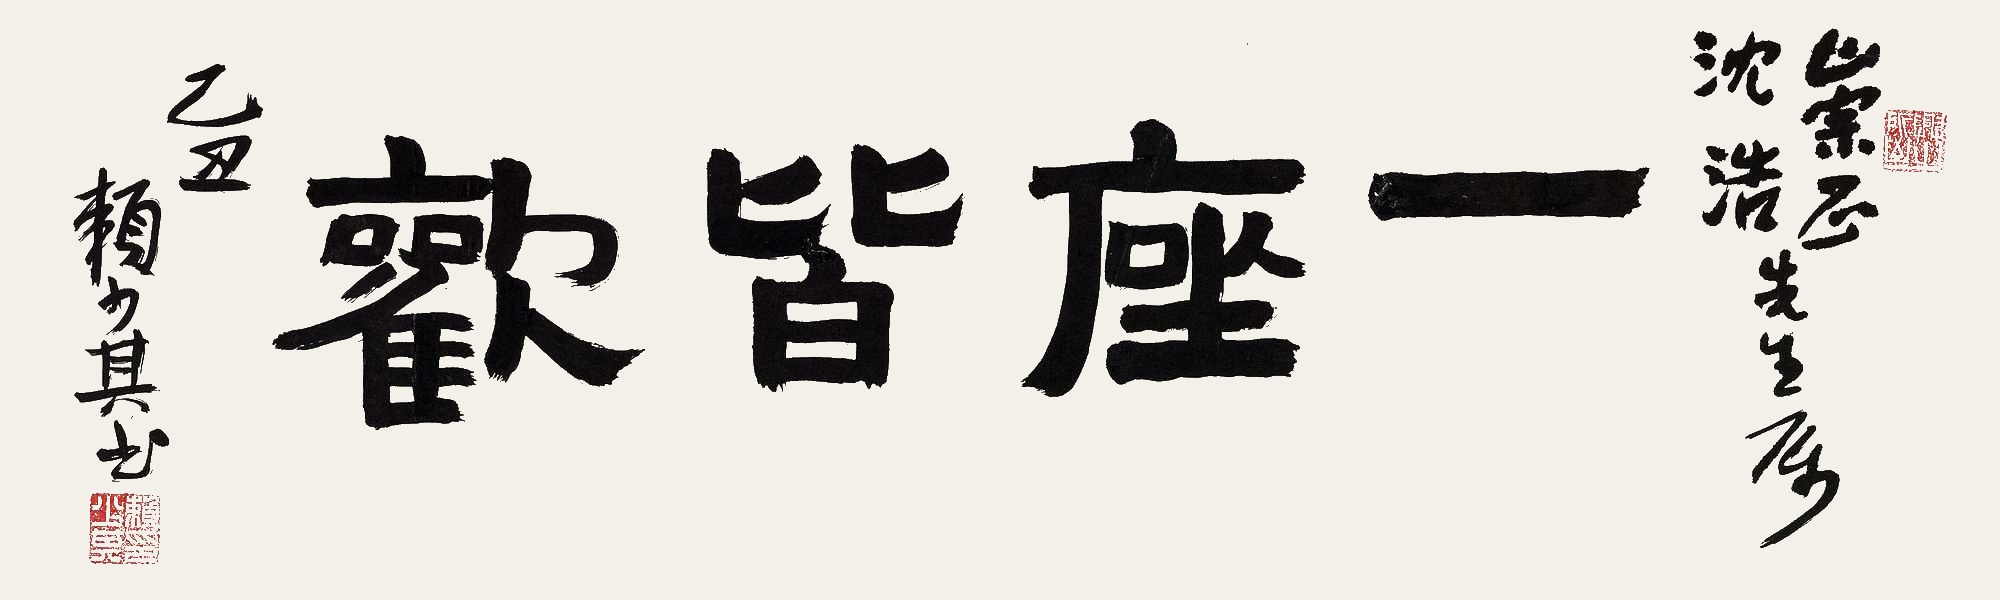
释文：一座皆欢。崇正、沈浩先生属。乙丑赖少其书。